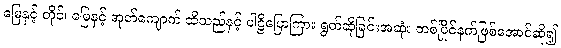
မြေနှင့် တိုင်၊ မြေနှင့် အုတ်ကျောက် ထိသည်နှင့် ပါဠိပြောကြား ရွတ်ဆိုခြင်းအဆုံး တစ်ပြိုင်နက်ဖြစ်အောင်ဆို၍